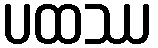
ပထဿ